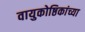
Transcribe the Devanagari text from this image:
वायुकोष्ठिकांच्या